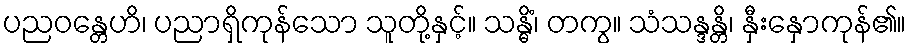
ပညဝန္တေဟိ၊ ပညာရှိကုန်သော သူတို့နှင့်။ သန္ဓိံ၊ တကွ။ သံသန္ဒန္တိ၊ နှီးနှောကုန်၏။